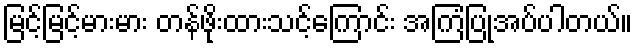
မြင့်မြင့်မားမား တန်ဖိုးထားသင့်ကြောင်း အကြံပြုအပ်ပါတယ်။